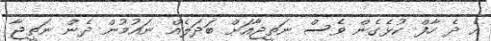
އެ ދެ ހާފް ކުޅެގެން ވެސް ނަތީޖާއަށް ބަދަލެއް ނައުމުން ދެން ނަތީޖާ